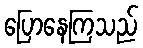
ပြောနေကြသည်